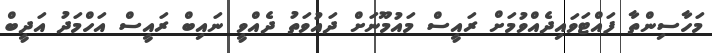
މަހާސިންތާ ފައްޓަވައިދެއްވުމަށް ރައީސް މައުމޫނަށް ދައުވަތު ދެއްވީ ނައިބް ރައީސް އަހްމަދު އަދީބް